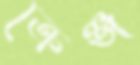
ক্রেঞ্জ